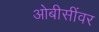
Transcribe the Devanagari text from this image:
ओबीसींवर